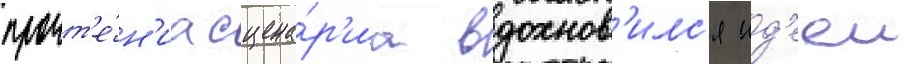
прочт'е́н'иа сцена́р'иа вдохнов'илс'я ид'ееи